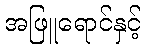
အဖြူရောင်နှင့်